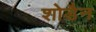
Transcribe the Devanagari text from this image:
शोडैन